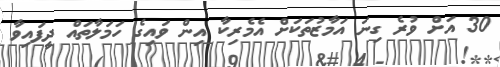
30 އަށް ވުރެ ގިނަ އަމާޒުތަކަށް އެމެރިކާ އިން ވައިގެ ހަމަލާތައް ދީފައިވާ